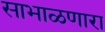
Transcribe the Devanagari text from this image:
साभाळणारा